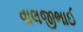
વાલજીભાઈ